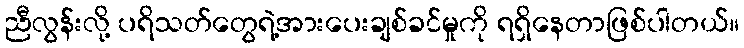
ညီလွန်းလို့ ပရိသတ်တွေရဲ့အားပေးချစ်ခင်မှုကို ရရှိနေတာဖြစ်ပါတယ်။